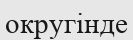
округінде